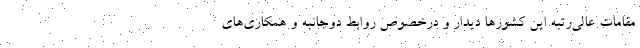
مقامات عالی‌رتبه این کشورها دیدار و درخصوص روابط دوجانبه و همکاری‌های